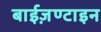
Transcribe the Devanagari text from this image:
बाईज़ण्टाइन